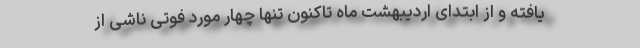
یافته و از ابتدای اردیبهشت ماه تاکنون تنها چهار مورد فوتی ناشی از